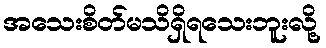
အသေးစိတ်မသိရှိရသေးဘူးလို့